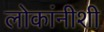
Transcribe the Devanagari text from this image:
लोकांनीशी